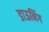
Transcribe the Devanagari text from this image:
डाऊनिंग